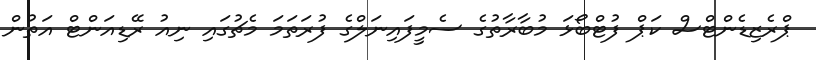
ޕްރެޒިޑެންޓްސް ކަޕް ފުޓްބޯޅަ މުބާރާތުގެ ސެމީފައިނަލްގެ ފުރަތަމަ މެޗުގައި ނިއު ރޭޑިއަންޓް އަތުން